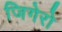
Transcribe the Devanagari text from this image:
जिगेरो